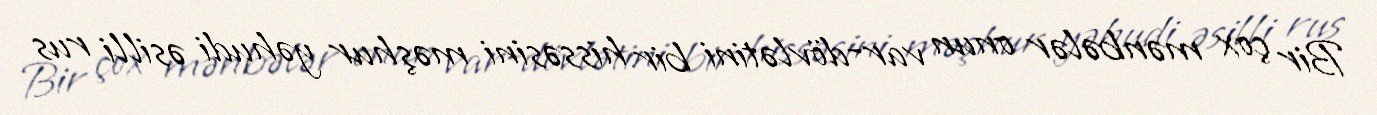
Bir çox mənbələr onun var-dövlətini bir hissəsini məşhur yəhudi əsilli rus